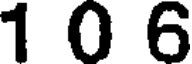
1 0 6